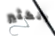
الكثير